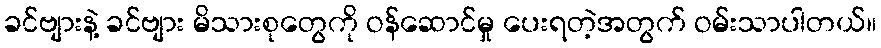
ခင်ဗျားနဲ့ ခင်ဗျား မိသားစုတွေကို ဝန်ဆောင်မှု ပေးရတဲ့အတွက် ဝမ်းသာပါတယ်။